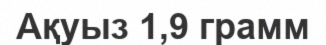
Ақуыз 1,9 грамм